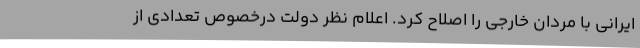
ایرانی با مردان خارجی را اصلاح کرد. اعلام نظر دولت درخصوص تعدادی از